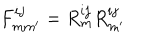
F _ { m m ^ { \prime } } ^ { i j } = R _ { m } ^ { i j } R _ { m ^ { \prime } } ^ { i j }